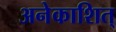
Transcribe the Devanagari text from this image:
अनेकाशित्‌